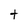
Character: t